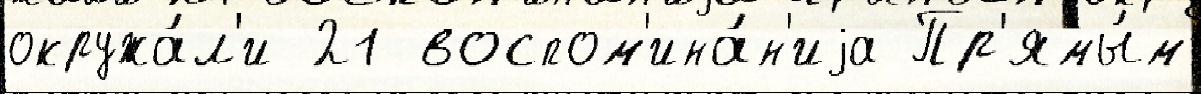
окружа́л'и 21 воспом'ина́н'иjа Пр'ямы́м